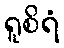
ရူစိရံ